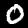
Digit: 0